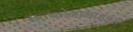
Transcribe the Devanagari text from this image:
सल्फोनामाइड्स